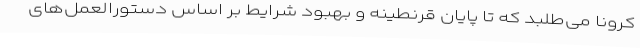
کرونا می‌طلبد که تا پایان قرنطینه و بهبود شرایط بر اساس دستورالعمل‌های